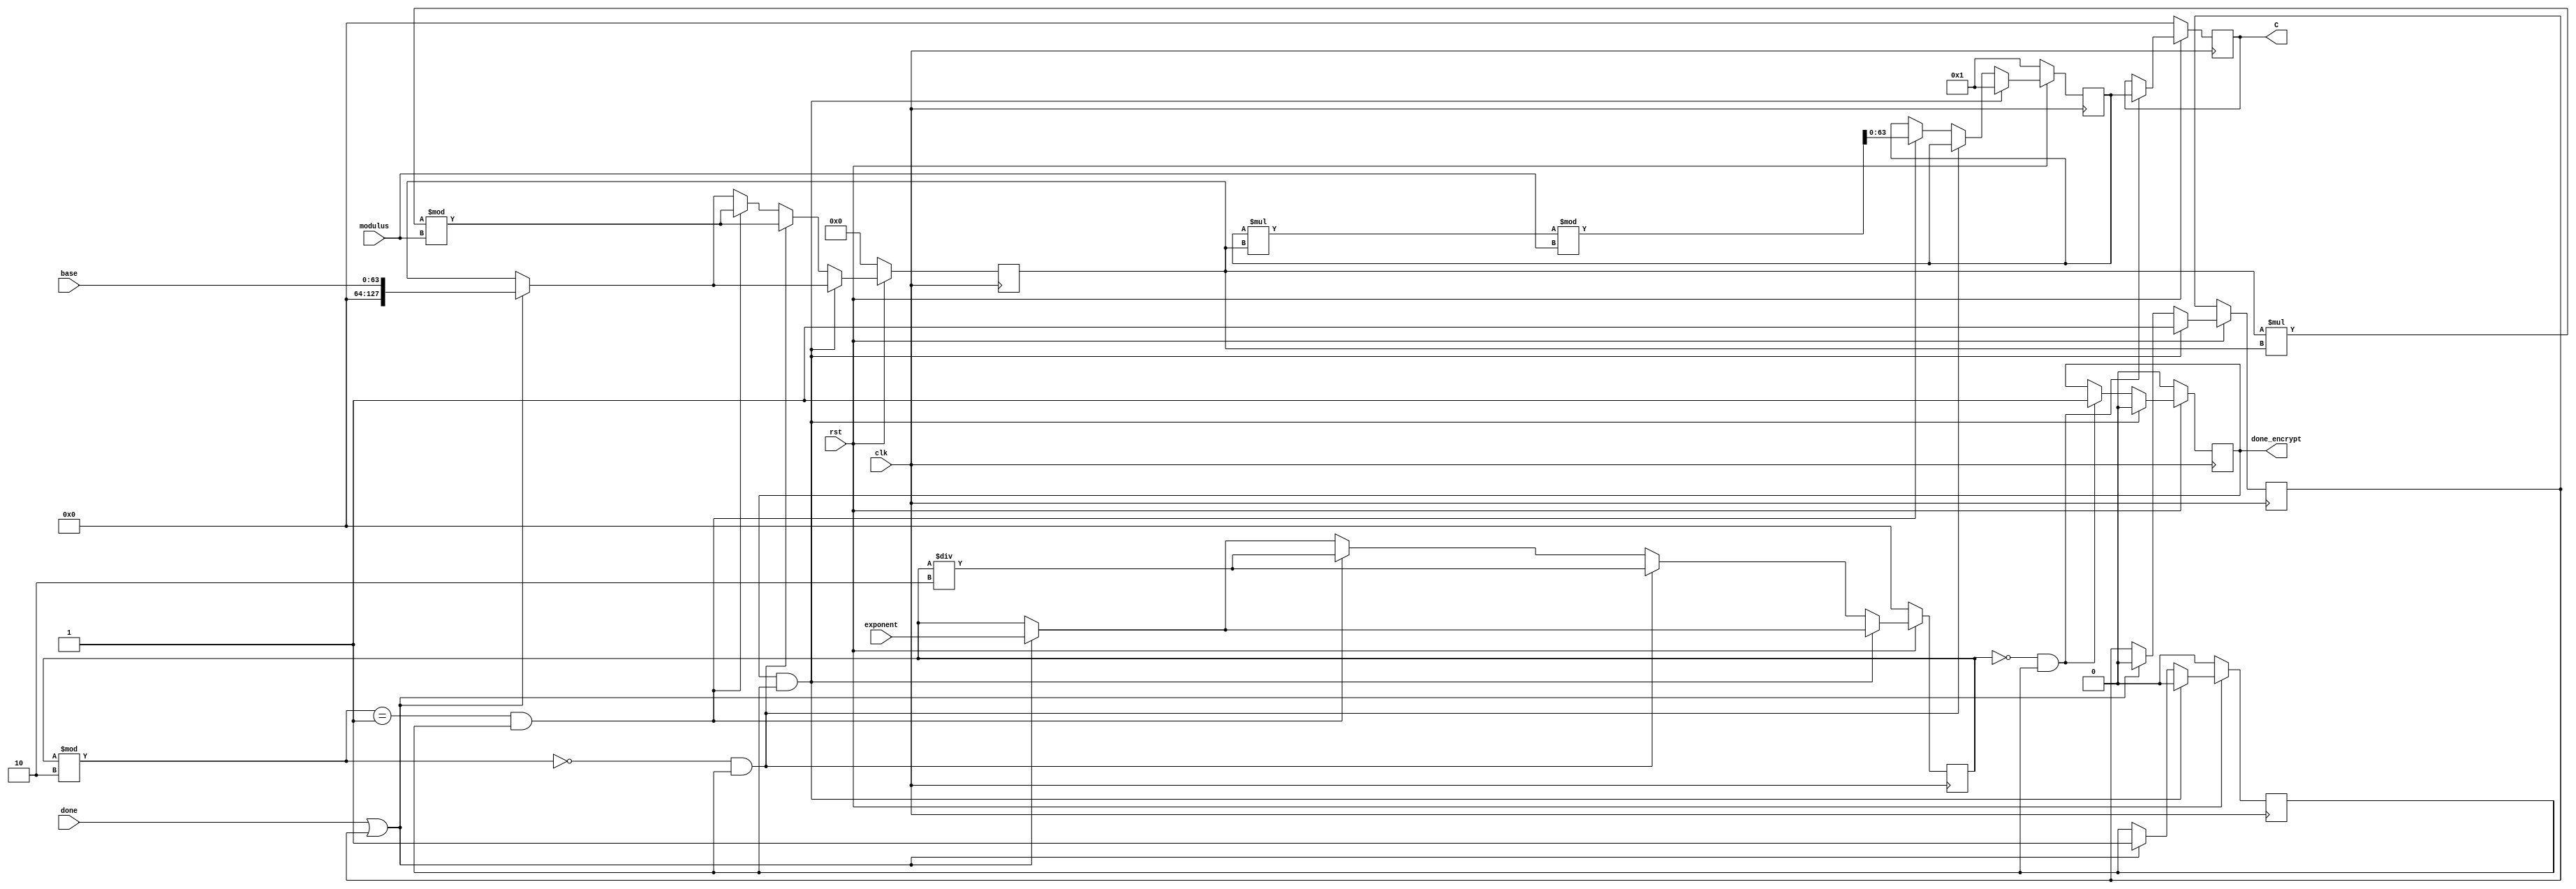
module modexp1(base,exponent,modulus,clk,rst,C,done,done_encrypt);
input wire[63:0] base;
input wire[63:0]exponent;
input wire[63:0]modulus;
input clk;
input rst;
output [63:0] C;
input done;
output done_encrypt;

reg [63:0] C;
reg[63:0] Cint;
reg[127:0] baseint;
reg [63:0] exponentint;
reg [63:0] Caftmod;
reg [5:0]count;
reg[63:0] rem;
reg done_encrypt;
reg done_encrypt_del;
reg beginsignal;
reg start;

//assign start=done;

always @(posedge clk)
begin
	if(!rst)
		done_encrypt_del<=0;
	else
		done_encrypt_del<=done_encrypt;
	
end
 
always @(posedge clk)
begin
	if(!rst)
	begin
		C<=64'h0000000000000000;
		//baseint<=base;
		baseint<=0;
		count<=0;
		exponentint <= 0;
		//exponentint <= exponent;
		 Cint <=64'h0000000000000001;
	 	Caftmod<=64'h0000000000000001;
	 	count<=0;
		rem<=0;
		done_encrypt<=0;
		beginsignal<=0;
		
		
		


	end 
	else 
	begin
		if(done||start)
		begin
		baseint<=base;
		exponentint<=exponent;
		beginsignal<=1;
		rem<=exponent%2;
		beginsignal<=1;
		start<=0;
		end
		if(!exponentint && beginsignal)
			begin
			C<=Caftmod;
			done_encrypt<=1;
		end

		if(done_encrypt==1 && beginsignal)
		begin
			done_encrypt<=0;
			beginsignal<=0;
			Caftmod<=1;
			start<=1;
			
		
		end
		else
		begin
			rem<=exponentint%2;

			if(exponentint%2==0 && beginsignal)
			begin
				Cint<=Cint;
				Caftmod<=Caftmod;
				baseint<=(baseint*baseint)%modulus;
				exponentint<=exponentint/2;
				count<=count+1;
			end
			else 
			begin	
				if(exponentint%2==1 && beginsignal)
				begin
					Caftmod<=(Caftmod*baseint)%modulus;
					baseint<=(baseint*baseint)%modulus;
					exponentint<=exponentint/2;
					count<=count+1;
				end
			end
		end
	end
end

endmodule